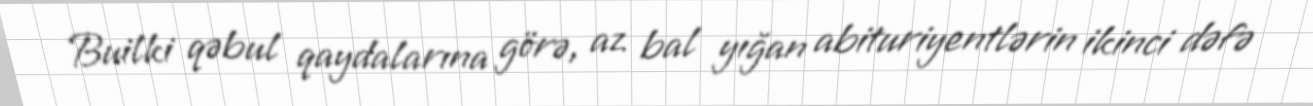
Builki qəbul qaydalarına görə, az bal yığan abituriyentlərin ikinci dəfə